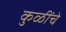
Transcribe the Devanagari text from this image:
कुळींचे